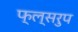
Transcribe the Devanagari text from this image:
फ्ल्सरुप